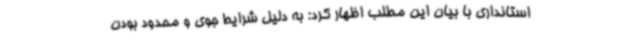
استانداری با بیان این مطلب اظهار کرد: به دلیل شرایط جوی و محدود بودن